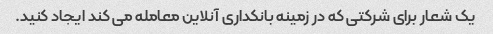
یک شعار برای شرکتی که در زمینه بانکداری آنلاین معامله می کند ایجاد کنید.